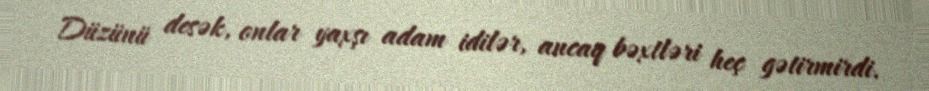
Düzünü desək, onlar yaxşı adam idilər, ancaq bəxtləri heç gətirmirdi.